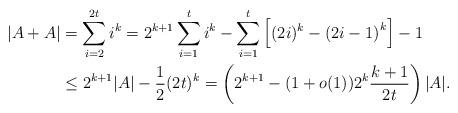
LaTeX: \begin{align*}\left|A+A\right|&= \sum_{i=2}^{2t}i^{k}=2^{k+1}\sum_{i=1}^{t}i^k-\sum_{i=1}^{t}\left[(2i)^k-\left(2i-1\right)^k\right]-1\\&\leq 2^{k+1}|A|-\frac12 (2t)^{k}=\left(2^{k+1}-(1+o(1))2^{k}\frac{k+1}{2t}\right)|A|.\end{align*}